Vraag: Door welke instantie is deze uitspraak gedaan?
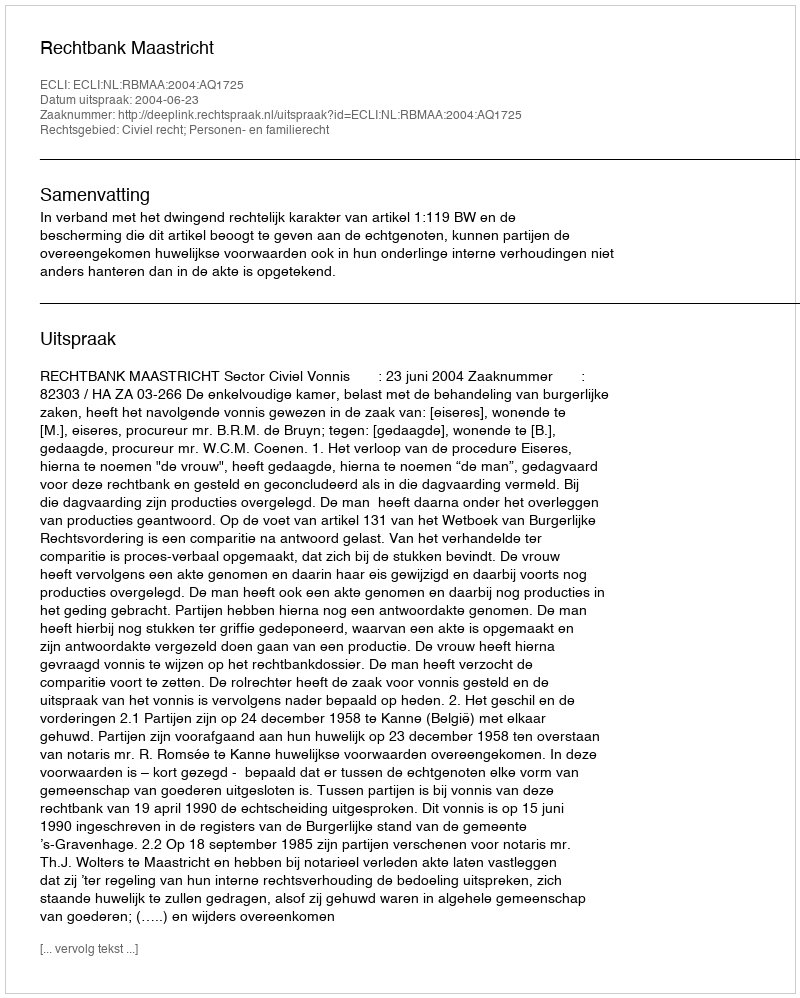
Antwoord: Rechtbank Maastricht